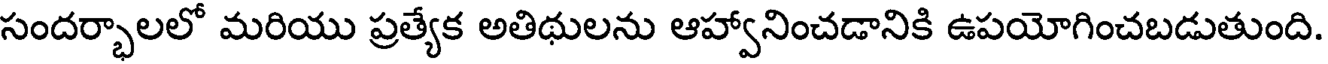
సందర్భాలలో మరియు ప్రత్యేక అతిథులను ఆహ్వానించడానికి ఉపయోగించబడుతుంది.